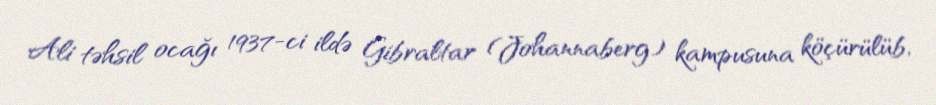
Ali təhsil ocağı 1937-ci ildə Gibraltar (Johannaberg) kampusuna köçürülüb,